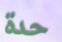
حدة